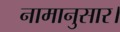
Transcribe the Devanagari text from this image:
नामानुसार।